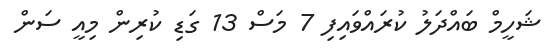
ޝަހީމް ބައްދަލު ކުރައްވައިފި 7 މަސް 13 ގަޑި ކުރިން މިއީ ސަން